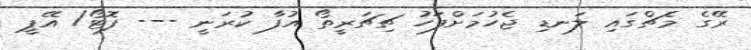
ރޭގެ މެޗްގައި ލަނޑި ޖެހުމަށްފަހު ޗިޗަރީތޯ އުފާ ކުރަނީ --- ފޮޓޯ/ އޭޕީ